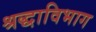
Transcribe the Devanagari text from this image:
श्रद्धाविभाग